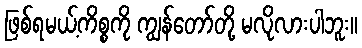
ဖြစ်ရမယ့်ကိစ္စကို ကျွန်တော်တို့ မလိုလားပါဘူး။